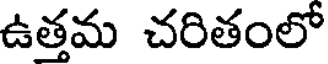
ఉత్తమ చరితంలో